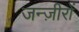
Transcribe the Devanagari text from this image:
जन्ज़ीरों